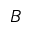
B